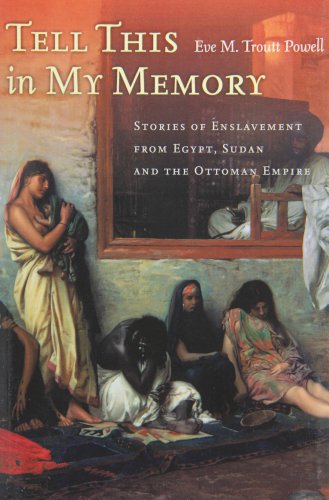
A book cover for Tell This in My Memory: Stories of Enslavement from Egypt, Sudan, and the Ottoman Empire; Eve Troutt Powell; History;